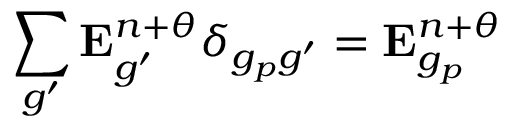
\sum _ { g ^ { \prime } } \mathbf { E } _ { g ^ { \prime } } ^ { n + \theta } \delta _ { g _ { p } g ^ { \prime } } = \mathbf { E } _ { g _ { p } } ^ { n + \theta }